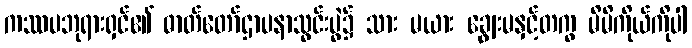
ကဿပဘုရားရှင်၏ ဓာတ်တော်ဌာပနာသွင်းပွဲ၌ သား မယား ချွေးမနှင့်တကွ မိမိကိုယ်ကိုပါ